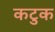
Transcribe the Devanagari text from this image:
कटुक